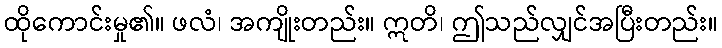
ထိုကောင်းမှု၏။ ဖလံ၊ အကျိုးတည်း။ ဣတိ၊ ဤသည်လျှင်အပြီးတည်း။